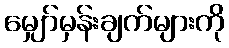
မျှော်မှန်းချက်များကို